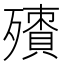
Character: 𣩬